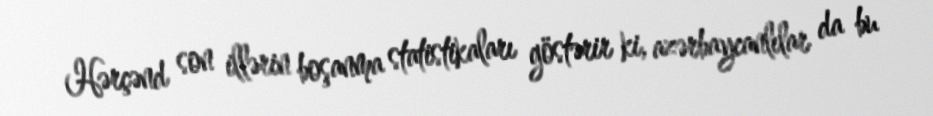
Hərçənd son illərin boşanma statistikaları göstərir ki, azərbaycanlılar da bu